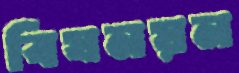
বিষনয়ন